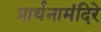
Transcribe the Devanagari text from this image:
प्रार्थनामंदिरे